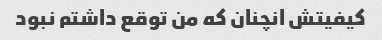
کیفیتش انچنان که من توقع داشتم نبود